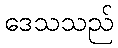
ဒေသသည်